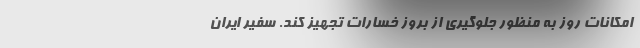
امکانات روز به منظور جلوگیری از بروز خسارات تجهیز کند. سفیر ایران